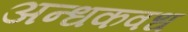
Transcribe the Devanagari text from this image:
अन्धकवध